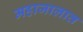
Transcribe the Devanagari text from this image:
महाजालात